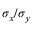
\sigma _ { x } / \sigma _ { y }